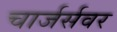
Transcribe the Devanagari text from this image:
चार्जर्सवर